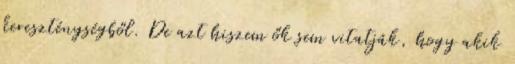
kereszténységből. De azt hiszem ők sem vitatják, hogy akik